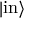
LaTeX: | { \mathrm { i n } } \rangle